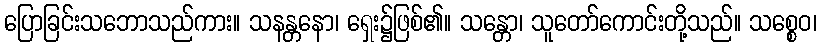
ပြောခြင်းသဘောသည်ကား။ သနန္တနော၊ ရှေး၌ဖြစ်၏။ သန္တော၊ သူတော်ကောင်းတို့သည်။ သစ္စေဝ၊